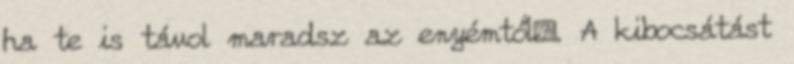
ha te is távol maradsz az enyémtől. A kibocsátást